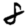
Digit: 8